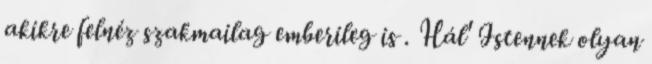
akikre felnéz szakmailag emberileg is . Hál' Istennek olyan